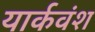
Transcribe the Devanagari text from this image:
यार्कवंश